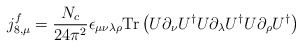
\begin{align*}j_{8,\mu}^f = \frac{N_c}{24 \pi^2} \epsilon_{\mu\nu\lambda\rho} \mbox{Tr} \left( U\partial_{\nu} U^{\dagger} U\partial_{\lambda} U^{\dagger} U\partial_{\rho} U^{\dagger} \right)\end{align*}